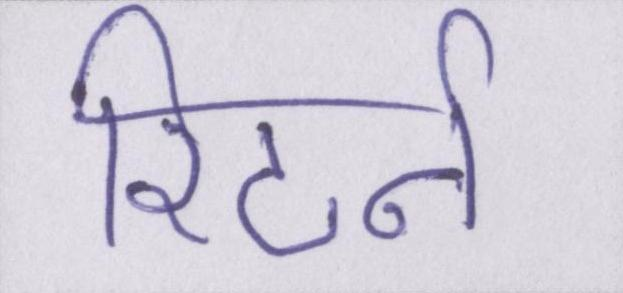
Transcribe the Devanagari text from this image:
रिटर्न